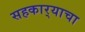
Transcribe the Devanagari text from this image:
सहकार्‍याचा